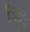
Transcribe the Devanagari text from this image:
ज़िदे